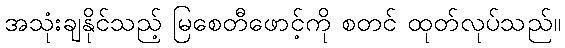
အသုံးချနိုင်သည့် မြစေတီဖောင့်ကို စတင် ထုတ်လုပ်သည်။